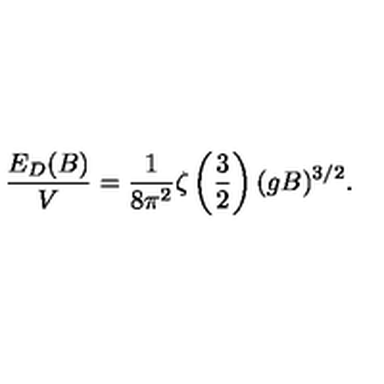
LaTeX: \frac { E _ { D } ( B ) } { V } = \frac { 1 } { 8 \pi ^ { 2 } } \zeta \left( \frac { 3 } { 2 } \right) ( g B ) ^ { 3 / 2 } .